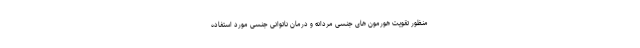
منظور تقویت هورمون های جنسی مردانه و درمان ناتوانی جنسی مورد استفاده